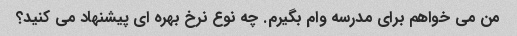
من می خواهم برای مدرسه وام بگیرم. چه نوع نرخ بهره ای پیشنهاد می کنید؟